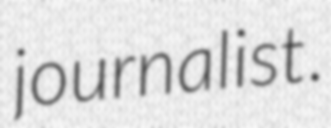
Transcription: journalist.